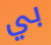
بي